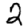
Digit: 2